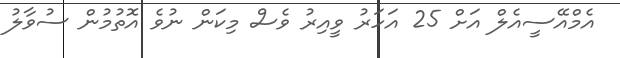
އެމްއޭސީއެލް އަށް 25 އަހަރު ވީއިރު ވެސް މިކަން ނުވެ އޮތުމުން ސުވާލު